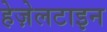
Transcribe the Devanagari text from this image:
हेज़ेलटाइन